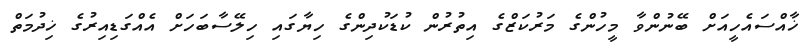
ޚާއްސައެހީއަށް ބޭނުންވާ މީހުންގެ މަރުކަޒްގެ އިތުރުން ކުޑަކުދިންގެ ހިޔާގައި ހިލޭސާބަހަށް އެއްގަޑިއިރުގެ ޚިދުމަތް